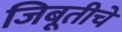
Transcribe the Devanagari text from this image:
जिबूतीचे